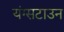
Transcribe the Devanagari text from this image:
यंग्सटाउन